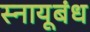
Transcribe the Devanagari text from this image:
स्नायूबंध